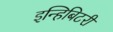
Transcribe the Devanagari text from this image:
इन्हिबिटरी